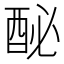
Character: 𨠔